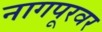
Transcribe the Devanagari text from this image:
नागपूरवर